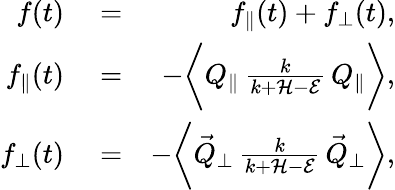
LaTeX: \begin{array}{rlr}{f(t)}&{{}=}&{f_{\parallel}(t)+f_{\perp}(t),}\\ {f_{\parallel}(t)}&{{}=}&{-\biggl\langle Q_{\parallel}\, \frac{k}{k+\mathcal{H}-\mathcal{E}}\, Q_{\parallel}\biggr\rangle,}\\ {f_{\perp}(t)}&{{}=}&{-\biggl\langle\vec{Q}_{\perp}\, \frac{k}{k+\mathcal{H}-\mathcal{E}}\, \vec{Q}_{\perp}\biggr\rangle,}\end{array}